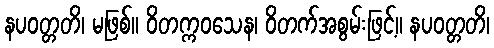
နပဝတ္တတိ၊ မဖြစ်။ ဝိတက္ကဝသေန၊ ဝိတက်အစွမ်းဖြင့်။ နပဝတ္တတိ၊